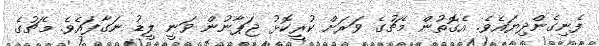
ފެނިގެންދިޔައެވެ. އެގޮތުން މެޗުގެ ވަރަށް ކުރީކޮޅު ޖަޕާނުން ވަނީ ލީޑު ނަގާފައެވެ. މެޗުގެ